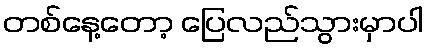
တစ်နေ့တော့ ပြေလည်သွားမှာပါ